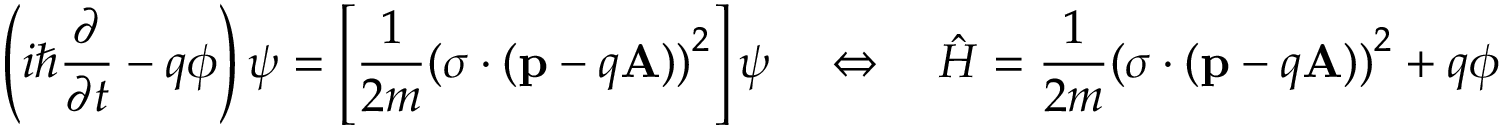
\left( i \hbar { \frac { \partial } { \partial t } } - q \phi \right) \psi = \left[ { \frac { 1 } { 2 m } } { ( { \boldsymbol { \sigma } } \cdot ( \mathbf { p } - q \mathbf { A } ) ) } ^ { 2 } \right] \psi \quad \Leftrightarrow \quad { \hat { H } } = { \frac { 1 } { 2 m } } { ( { \boldsymbol { \sigma } } \cdot ( \mathbf { p } - q \mathbf { A } ) ) } ^ { 2 } + q \phi